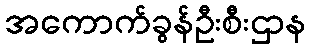
အကောက်ခွန်ဦးစီးဌာန